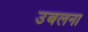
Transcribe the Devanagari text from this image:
उबलना